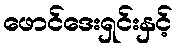
ဖောင်ဒေးရှင်းနှင့်